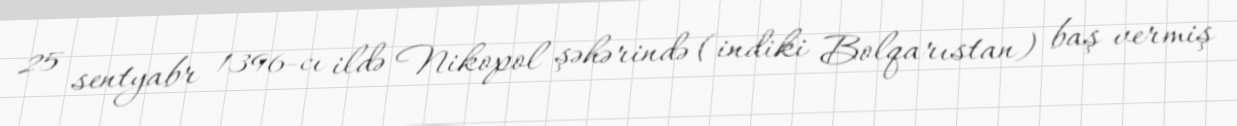
25 sentyabr 1396-cı ildə Nikopol şəhərində (indiki Bolqarıstan) baş vermiş